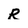
Character: R